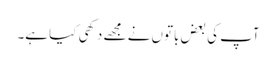
آپ کی بعض باتوں نے مجھے دکھی کیا ہے۔